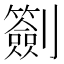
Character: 𠠬